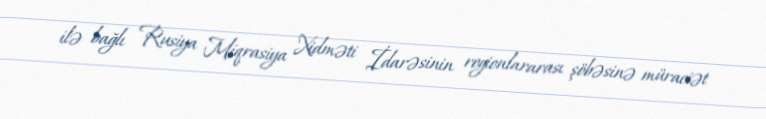
ilə bağlı Rusiya Miqrasiya Xidməti İdarəsinin regionlararası şöbəsinə müraciət